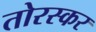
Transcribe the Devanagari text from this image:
तोरस्कर